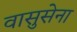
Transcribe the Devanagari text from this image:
वासुसेना